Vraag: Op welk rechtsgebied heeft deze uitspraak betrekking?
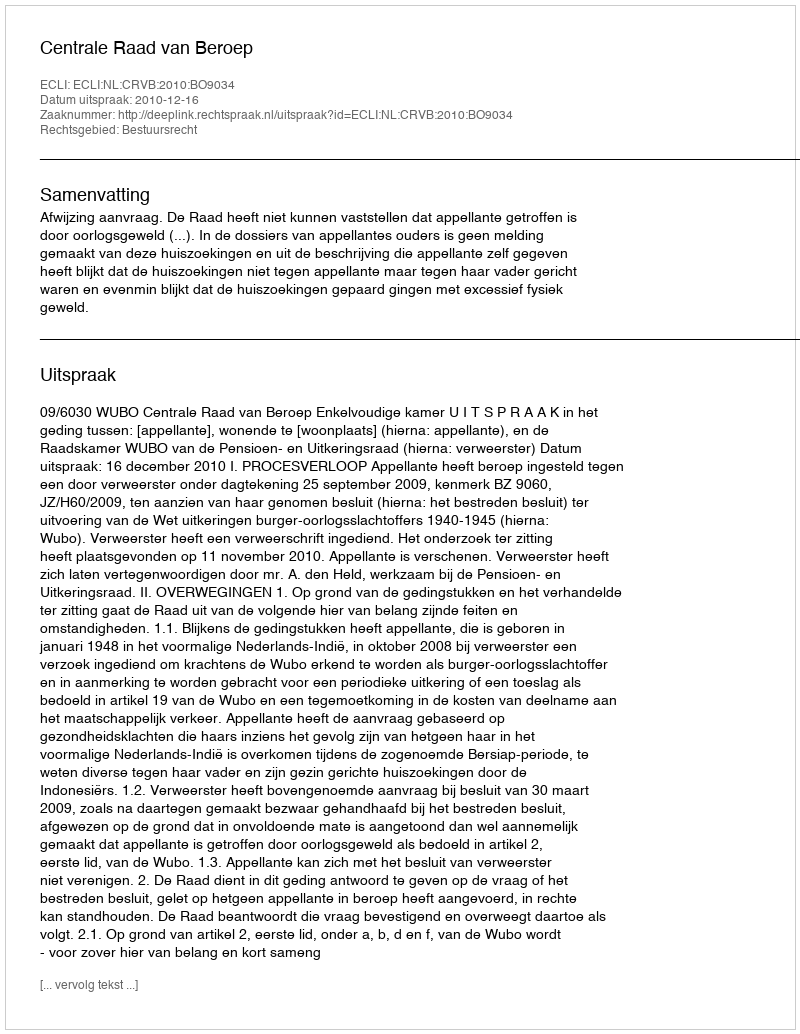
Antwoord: Bestuursrecht